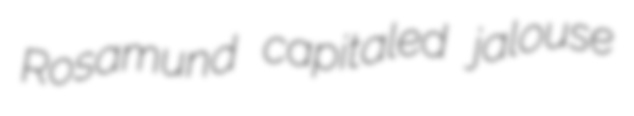
Rosamund capitaled jalouse